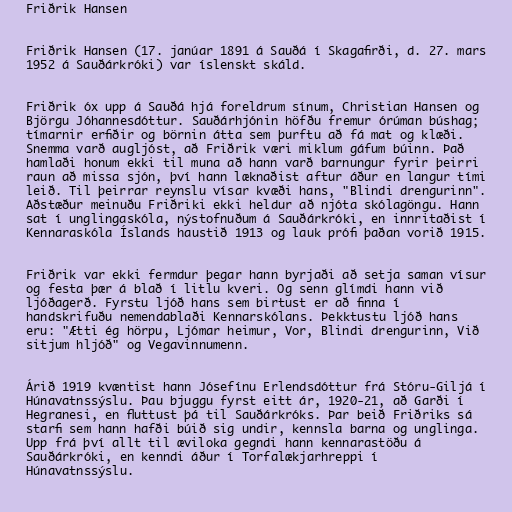
Friðrik Hansen

Friðrik Hansen (17. janúar 1891 á Sauðá í Skagafirði, d. 27. mars
1952 á Sauðárkróki) var íslenskt skáld.

Friðrik óx upp á Sauðá hjá foreldrum sínum, Christian Hansen og
Björgu Jóhannesdóttur. Sauðárhjónin höfðu fremur órúman búshag;
tímarnir erfiðir og börnin átta sem þurftu að fá mat og klæði.
Snemma varð augljóst, að Friðrik væri miklum gáfum búinn. Það
hamlaði honum ekki til muna að hann varð barnungur fyrir þeirri
raun að missa sjón, því hann læknaðist aftur áður en langur tími
leið. Til þeirrar reynslu vísar kvæði hans, "Blindi drengurinn".
Aðstæður meinuðu Friðriki ekki heldur að njóta skólagöngu. Hann
sat í unglingaskóla, nýstofnuðum á Sauðárkróki, en innritaðist í
Kennaraskóla Íslands haustið 1913 og lauk prófi þaðan vorið 1915.

Friðrik var ekki fermdur þegar hann byrjaði að setja saman vísur
og festa þær á blað í litlu kveri. Og senn glímdi hann við
ljóðagerð. Fyrstu ljóð hans sem birtust er að finna í
handskrifuðu nemendablaði Kennarskólans. Þekktustu ljóð hans
eru: "Ætti ég hörpu, Ljómar heimur, Vor, Blindi drengurinn, Við
sitjum hljóð" og Vegavinnumenn.

Árið 1919 kvæntist hann Jósefínu Erlendsdóttur frá Stóru-Giljá í
Húnavatnssýslu. Þau bjuggu fyrst eitt ár, 1920-21, að Garði í
Hegranesi, en fluttust þá til Sauðárkróks. Þar beið Friðriks sá
starfi sem hann hafði búið sig undir, kennsla barna og unglinga.
Upp frá því allt til æviloka gegndi hann kennarastöðu á
Sauðárkróki, en kenndi áður í Torfalækjarhreppi í
Húnavatnssýslu.